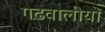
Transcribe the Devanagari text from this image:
गढ़वालीयों